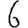
Digit: 6